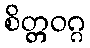
စိတ္တဝဂ္ဂ